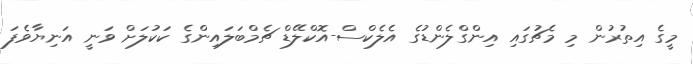
މީގެ އިތުރުން މި މެޗުގައި އިންގްލެންޑުގެ އެލެކްސް-އޮކްލޭޑް ޗެމްބަލައިންގެ ކަކުލަށް ވަނީ އަނިޔާވެފަ